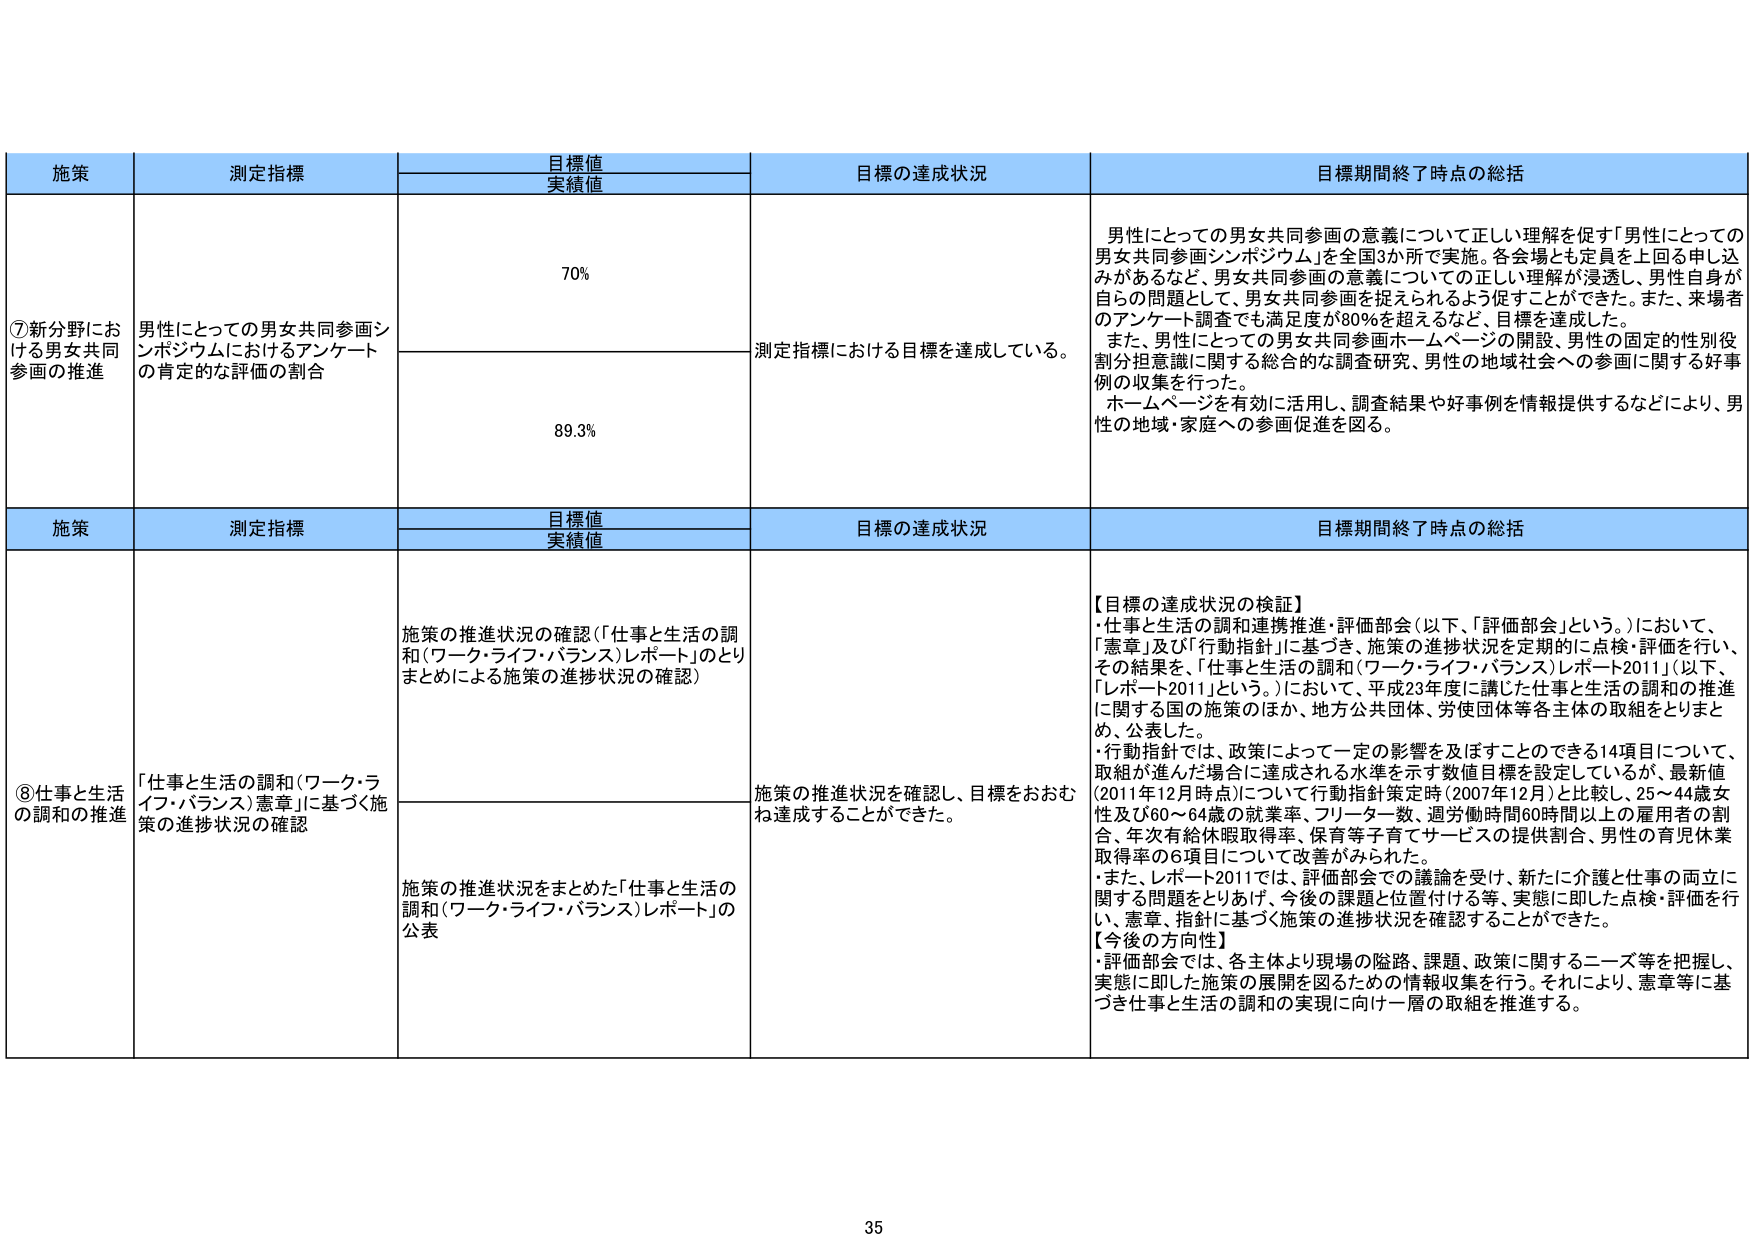
施策 測定指標 目標値 実績値 目標の達成状況 目標期間終了時点の総括 ⑦新分野における男女共同参画の推進 男性にとっての男女共同参画シンポジウムにおけるアンケートの肯定的な評価の割合 70% 測定指標における目標を達成している。 男性にとっての男女共同参画の意義について正しい理解を促す「男性にとっての男女共同参画シンポジウム」を全国3か所で実施。各会場とも定員を上回る申し込みがあるなど、男女共同参画の意義についての正しい理解が浸透し、男性自身が自らの問題として、男女共同参画を捉えられるよう促すことができた。また、来場者のアンケート調査でも満足度が80％を超えるなど、目標を達成した。 また、男性にとっての男女共同参画ホームページの開設、男性の固定的性別役割分担意識に関する総合的な調査研究、男性の地域社会への参画に関する好事例の収集を行った。 ホームページを有効に活用し、調査結果や好事例を情報提供するなどにより、男性の地域・家庭への参画促進を図る。 89.3% 施策 測定指標 目標値 実績値 目標の達成状況 目標期間終了時点の総括 ⑧仕事と生活の調和の推進 「仕事と生活の調和（ワーク・ライフ・バランス）憲章」に基づく施策の進捗状況の確認 施策の推進状況の確認（「仕事と生活の調和（ワーク・ライフ・バランス）レポート」のとりまとめによる施策の進捗状況の確認） 施策の推進状況を確認し、目標をおおむね達成することができた。 【目標の達成状況の検証】 ・仕事と生活の調和連携推進・評価部会（以下、「評価部会」という。）において、「憲章」及び「行動指針」に基づき、施策の進捗状況を定期的に点検・評価を行い、その結果を、「仕事と生活の調和（ワーク・ライフ・バランス）レポート2011」（以下、「レポート2011」という。）において、平成23年度に講じた仕事と生活の調和の推進に関する国の施策のほか、地方公共団体、労使団体等各主体の取組をとりまとめ、公表した。 ・行動指針では、政策によって一定の影響を及ぼすことのできる14項目について、取組が進んだ場合に達成される水準を示す数値目標を設定しているが、最新値（2011年12月時点）について行動指針策定時（2007年12月）と比較し、25～44歳女性及び60～64歳の就業率、フリーター数、週労働時間60時間以上の雇用者の割合、年次有給休暇取得率、保育等子育てサービスの提供割合、男性の育児休業取得率の6項目について改善がみられた。 ・また、レポート2011では、評価部会での議論を受け、新たに介護と仕事の両立に関する問題をとりあげ、今後の課題と位置付ける等、実態に即した点検・評価を行い、憲章、指針に基づく施策の進捗状況を確認することができた。 【今後の方向性】 ・評価部会では、各主体より現場の隘路、課題、政策に関するニーズ等を把握し、実態に即した施策の展開を図るための情報収集を行う。それにより、憲章等に基づき仕事と生活の調和の実現に向け一層の取組を推進する。 施策の推進状況をまとめた「仕事と生活の調和（ワーク・ライフ・バランス）レポート」の公表 35